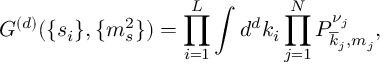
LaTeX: G ^ { ( d ) } ( \{ s _ { i } \} , \{ m _ { s } ^ { 2 } \} ) = \prod _ { i = 1 } ^ { L } \int d ^ { d } k _ { i } \prod _ { j = 1 } ^ { N } P _ { \overline { { { k } } } _ { j } , m _ { j } } ^ { \nu _ { j } } ,